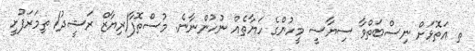
ތ އަތޮޅަށް ނިސްބަތްވާ ސިޔާސީ މީހުންގެ ހަޔާތެއް ނުހުންނާނެ. މުސްތޮފާ/ރިޔާޒް ރަޝީދު/ ތިމަރަފުށީ